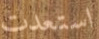
استعدت